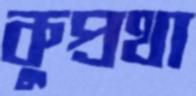
কুপ্রথা